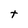
Character: t